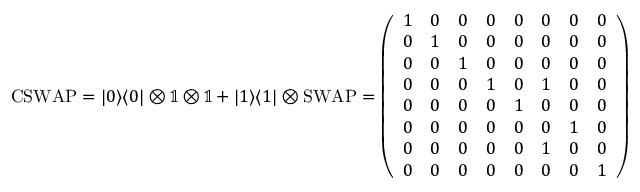
\mathrm { C S W A P } = | 0 \rangle \langle 0 | \otimes \mathbb { 1 } \otimes \mathbb { 1 } + | 1 \rangle \langle 1 | \otimes \mathrm { S W A P } = \left( \begin{array} { l l l l l l l l } { 1 } & { 0 } & { 0 } & { 0 } & { 0 } & { 0 } & { 0 } & { 0 } \\ { 0 } & { 1 } & { 0 } & { 0 } & { 0 } & { 0 } & { 0 } & { 0 } \\ { 0 } & { 0 } & { 1 } & { 0 } & { 0 } & { 0 } & { 0 } & { 0 } \\ { 0 } & { 0 } & { 0 } & { 1 } & { 0 } & { 1 } & { 0 } & { 0 } \\ { 0 } & { 0 } & { 0 } & { 0 } & { 1 } & { 0 } & { 0 } & { 0 } \\ { 0 } & { 0 } & { 0 } & { 0 } & { 0 } & { 0 } & { 1 } & { 0 } \\ { 0 } & { 0 } & { 0 } & { 0 } & { 0 } & { 1 } & { 0 } & { 0 } \\ { 0 } & { 0 } & { 0 } & { 0 } & { 0 } & { 0 } & { 0 } & { 1 } \end{array} \right)